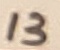
Text: 13